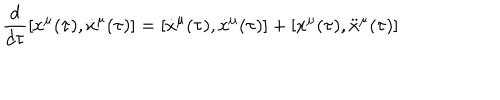
\frac { d } { d \tau } [ x ^ { \mu } ( \tau ) , \dot { x } ^ { \mu } ( \tau ) ] = [ \dot { x } ^ { \mu } ( \tau ) , \dot { x } ^ { \mu } ( \tau ) ] + [ x ^ { \mu } ( \tau ) , \ddot { x } ^ { \mu } ( \tau ) ]